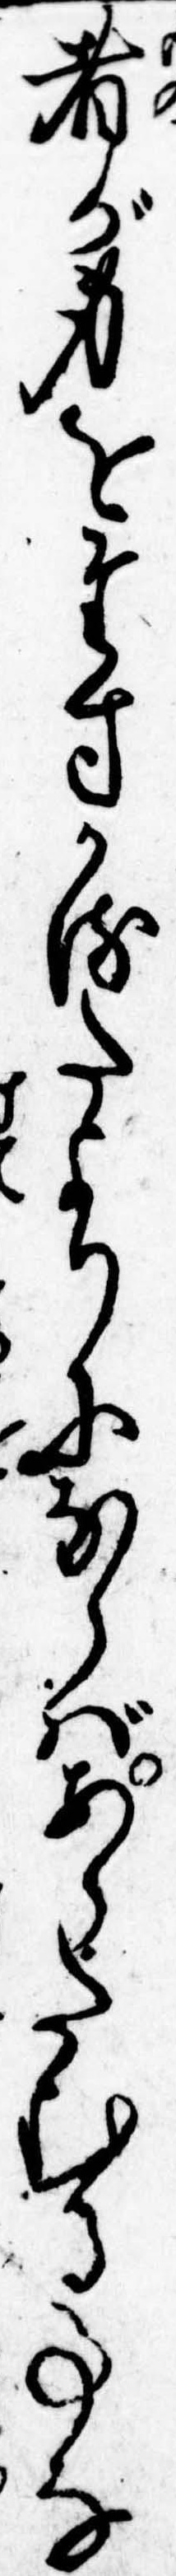
者が身をたすかるたよりにあらばあらたむる事な